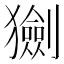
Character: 𤢾